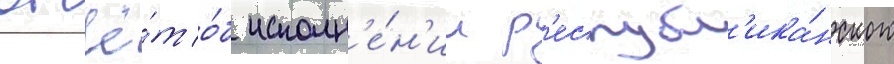
отчё́т о́б исполн'е́н'ии р'еспубл'ика́нского